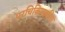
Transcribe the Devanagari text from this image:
परचिकित्सकीय